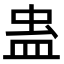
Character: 蛊